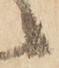
候